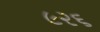
૯૨૬